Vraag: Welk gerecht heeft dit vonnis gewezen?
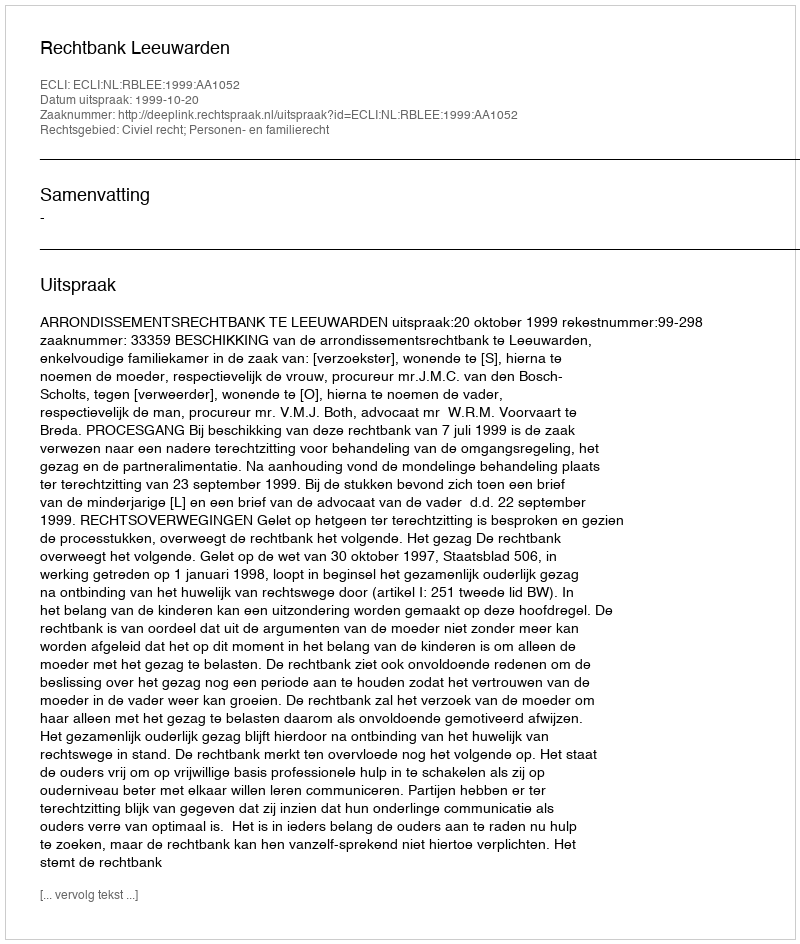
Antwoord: Rechtbank Leeuwarden